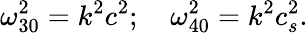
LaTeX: \omega_{30}^{2}=k^{2}c^{2};\quad\omega_{40}^{2}={k^{2}c_{s}^{2}}.